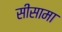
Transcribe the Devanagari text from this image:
सीसामा